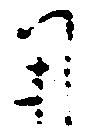
用